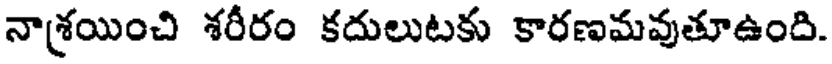
నాశ్రయించి శరీరం కదులుటకు కారణమవుతూఉంది.